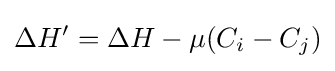
{\begin{aligned}\Delta H'=\Delta H-\mu (C_{i}-C_{j})\\\end{aligned}}